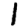
Digit: 1